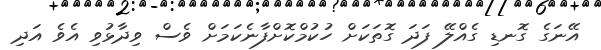
އޭނަގެ ގޮނޑި ގެއްލޭ ފަދަ ގޮތަކަށް ހުކުމްކޮށްފާނެކަމަށް ވެސް ވިދާޅުވި އެވެ އަދި